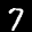
Label: 7